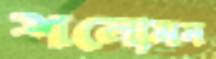
শলোমন